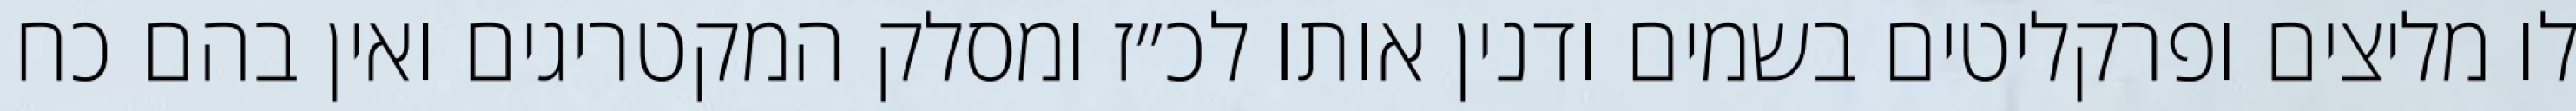
לו מליצים ופרקליטים בשמים ודנין אותו לכ״ז ומסלק המקטריגים ואין בהם כח